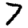
Digit: 7